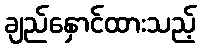
ချည်နှောင်ထားသည့်